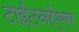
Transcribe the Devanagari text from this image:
टाईटनऐरम